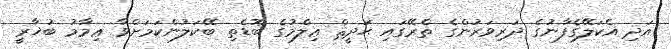
އަދި އެކަލޭގެފާނުގެ ދަރިވަރުންގެ ތެރޭގައި ޙަދީޘް ޢިލްމުގެ ބޮޑެތި ބޭކަލުންކަމަށްވާ ޢިމާމު ބުޚާރީ